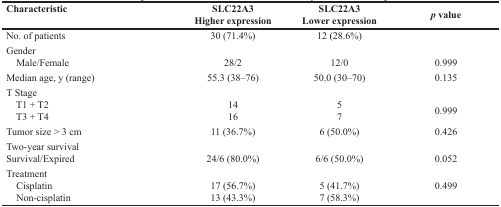
| Characteristic | SLC22A3Higher expression | SLC22A3Lower expression | p value |
 | --- | --- | --- | --- |
 | No. of patients | 30 (71.4%) | 12 (28.6%) |  |
 | Gender Male/Female | 28/2 | 12/0 | 0.999 |
 | Median age, y (range) | 55.3 (38–76) | 50.0 (30–70) | 0.135 |
 | T Stage T1 + T2 T3 + T4 | 1416 | 57 | 0.999 |
 | Tumor size > 3 cm | 11 (36.7%) | 6 (50.0%) | 0.426 |
 | Two-year survivalSurvival/Expired | 24/6 (80.0%) | 6/6 (50.0%) | 0.052 |
 | Treatment Cisplatin Non-cisplatin | 17 (56.7%)13 (43.3%) | 5 (41.7%)7 (58.3%) | 0.499 |